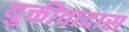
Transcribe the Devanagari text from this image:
युक्तीवादास